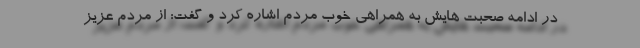
در ادامه صحبت هایش به همراهی خوب مردم اشاره کرد و گفت: از مردم عزیز